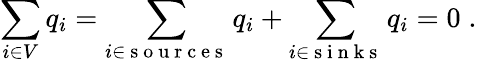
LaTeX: \sum_{i\in V}q_{i}=\sum_{i\in\mathrm{~s~o~u~r~c~e~s~}}q_{i}+\sum_{i\in\mathrm{~s~i~n~k~s~}}q_{i}=0\; .